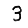
Digit: 3